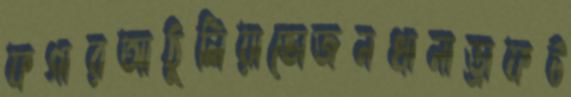
ফগারআঠুলিয়াভোজনখানাড্রাফট